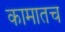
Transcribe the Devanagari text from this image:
कामातच